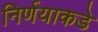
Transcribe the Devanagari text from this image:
निर्णयाकडे